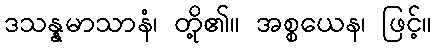
ဒသန္နမာသာနံ၊ တို့၏။ အစ္စယေန၊ ဖြင့်။